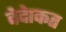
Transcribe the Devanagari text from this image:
वेदेाकत